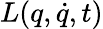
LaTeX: L(q,{\dot{q}},t)